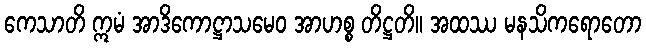
ကေသာတိ ဣမံ အာဒိကောဋ္ဌာသမေဝ အာဟစ္စ တိဋ္ဌတိ။ အထဿ မနသိကရောတော